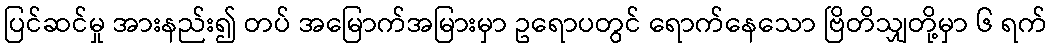
ပြင်ဆင်မှု အားနည်း၍ တပ် အမြောက်အမြားမှာ ဥရောပတွင် ရောက်နေသော ဗြိတိသျှတို့မှာ ၆ ရက်